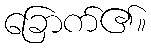
ခြောက်၏။